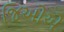
જિઓએ